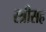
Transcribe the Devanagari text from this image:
स्त्रीसह